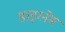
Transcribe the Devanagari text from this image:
डाइरनेम